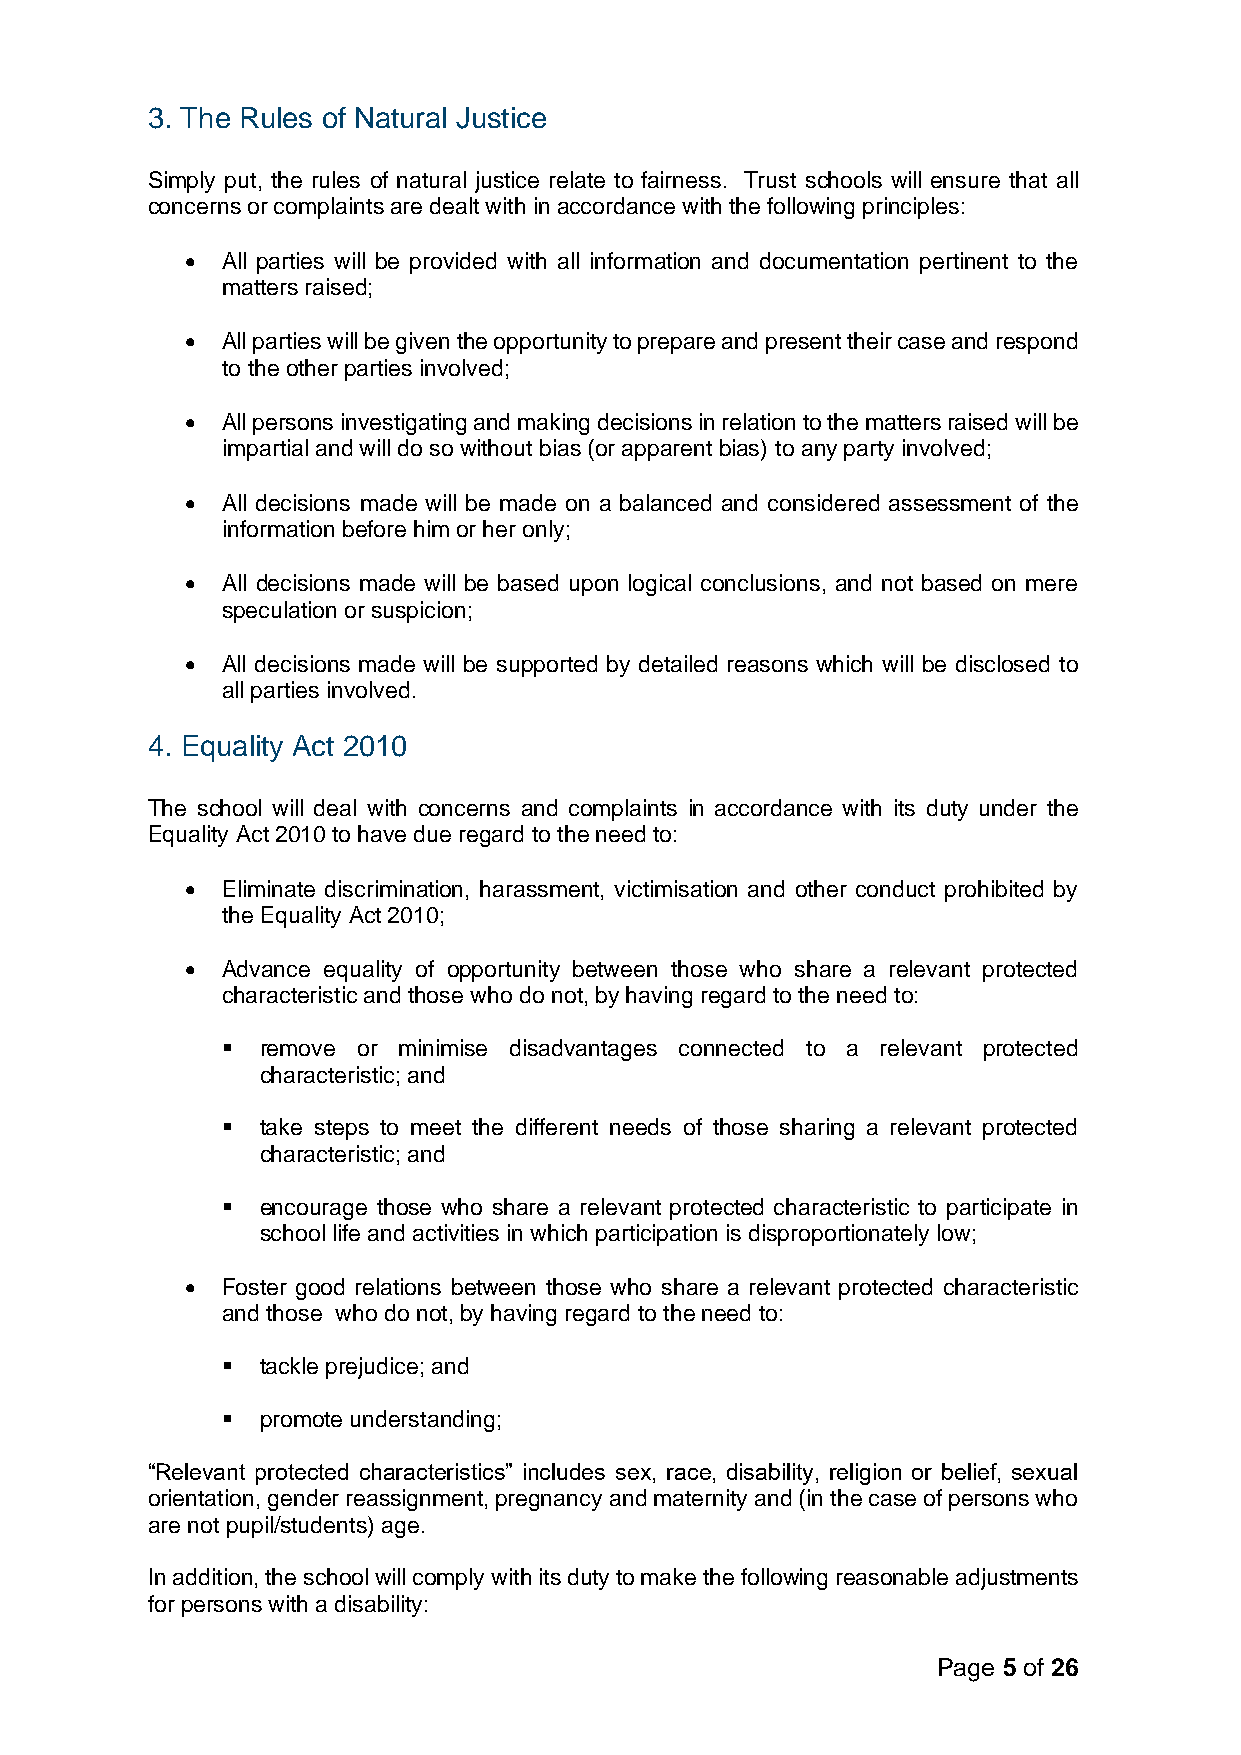
3. The Rules of Natural Justice
 Simply put, the rules of natural justice relate to fairness. Trust schools will ensure that all
 concerns or complaints are dealt with in accordance with the following principles:
 •  All parties will be provided with all information and documentation pertinent to the
 matters raised;
 •  All parties will be given the opportunity to prepare and present their case and respond
 to the other parties involved;
 •  All persons investigating and making decisions in relation to the matters raised will be
 impartial and will do so without bias (or apparent bias) to any party involved;
 •  All decisions made will be made on a balanced and considered assessment of the
 information before him or her only;
 •  All decisions made will be based upon logical conclusions, and not based on mere
 speculation or suspicion;
 •  All decisions made will be supported by detailed reasons which will be disclosed to
 all parties involved.
 4. Equality Act 2010
 The school will deal with concerns and complaints in accordance with its duty under the
 Equality Act 2010 to have due regard to the need to:
 •  Eliminate discrimination, harassment, victimisation and other conduct prohibited by
 the Equality Act 2010;
 •  Advance equality of opportunity between those who share a relevant protected
 characteristic and those who do not, by having regard to the need to:
 ▪ remove or minimise disadvantages connected to a relevant protected
 characteristic; and
 ▪ take steps to meet the different needs of those sharing a relevant protected
 characteristic; and
 ▪ encourage those who share a relevant protected characteristic to participate in
 school life and activities in which participation is disproportionately low;
 •  Foster good relations between those who share a relevant protected characteristic
 and those who do not, by having regard to the need to:
 ▪ tackle prejudice; and
 ▪ promote understanding;
 “Relevant protected characteristics” includes sex, race, disability, religion or belief, sexual
 orientation, gender reassignment, pregnancy and maternity and (in the case of persons who
 are not pupil/students) age.
 In addition, the school will comply with its duty to make the following reasonable adjustments
 for persons with a disability:
 Page 5 of 26